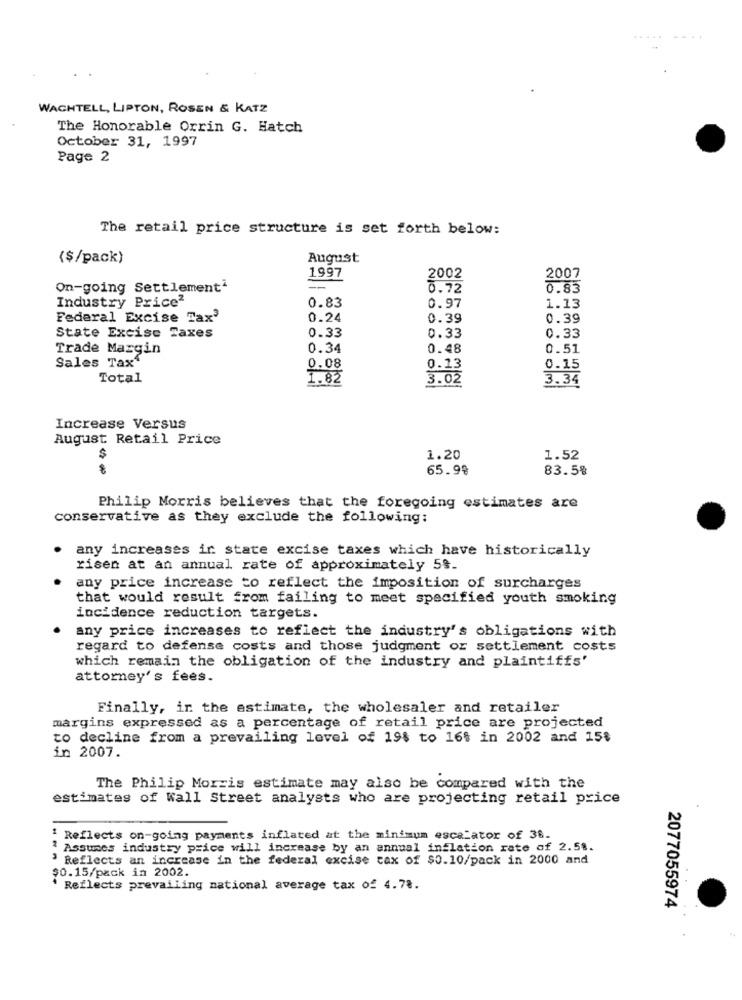
WACHTELL, LIPTON, ROSEN & KATZ
The Honorable Orrin G. Hatch
October 31, 1997
Page 2
The retail price structure is set forth below:
($/pack)
August
1997
2002
2007
On-going Settlementi
0.72
0.83
Industry Price2
1.13
0.83
0.97
Federal Excise Tax'
0.24
0.39
0.39
0.33
State Excise Taxes
0.33
0.33
Trade Margin
0.34
0.48
0.51
Sales Tax"
0.08
0.13
0.15
Total
1.82
3.02
3.34
Increase Versus
August Retail Price
$
1.20
1.52
65.98
83.5%
Philip Morris believes that the foregoing estimates are
conservative as they exclude the following:
any increases ir state excise taxes which have historically
risen at an annual rate of approximately 5%.
any price increase to reflect the imposition of surcharges
that would result from failing to meet specified youth smoking
incidence reduction targets.
any price increases to reflect the industry's obligations with
regard to defense costs and those judgment or settlement costs
which remain the obligation of the industry and plaintiffs'
attorney's fees.
Finally, in the estimate, the wholesaler and retailer
margins expressed as a percentage of retail price are projected
to decline from a prevailing lovel of 19$ to 16% in 2002 and 15%
in 2007.
The Philip Morris estimate may also be compared with the
estimates of Wall Street analysts who are projecting retail price
1 Reflects on-going payments inflated at the minimum escalator of 36.
Assumes industry price will increase by an annual inflation rate of 2.58.
Reflects an increase in the federal excise tax of $0.10/pack in 2000 and
$0.15/pack in 2002.
' Reflects prevailing national average tax of 4.78.
2077055974